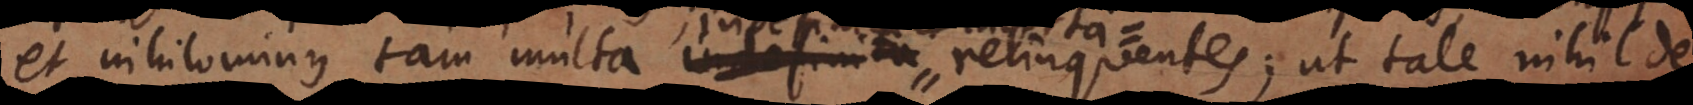
et nihilominus tam multa indefinita relinquentes; ut tale nihil d